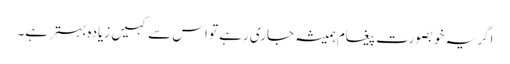
اگر یہ خوبصورت پیغام ہمیشہ جاری رہے تو اس سے کہیں زیادہ بہتر ہے۔